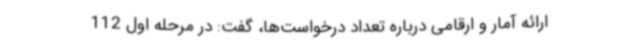
ارائه آمار و ارقامی درباره تعداد درخواست‌ها، گفت: در مرحله اول 112